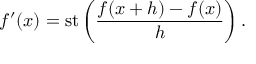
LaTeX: f ^ { \prime } ( x ) = \operatorname { s t } \left( { \frac { f ( x + h ) - f ( x ) } { h } } \right) .